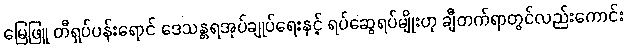
မြေဖြူ တီရှပ်ပန်းရောင် ဒေသန္တရအုပ်ချုပ်ရေးနှင့် ရပ်ဆွေရပ်မျိုးဟု ချီတက်ရာတွင်လည်းကောင်း